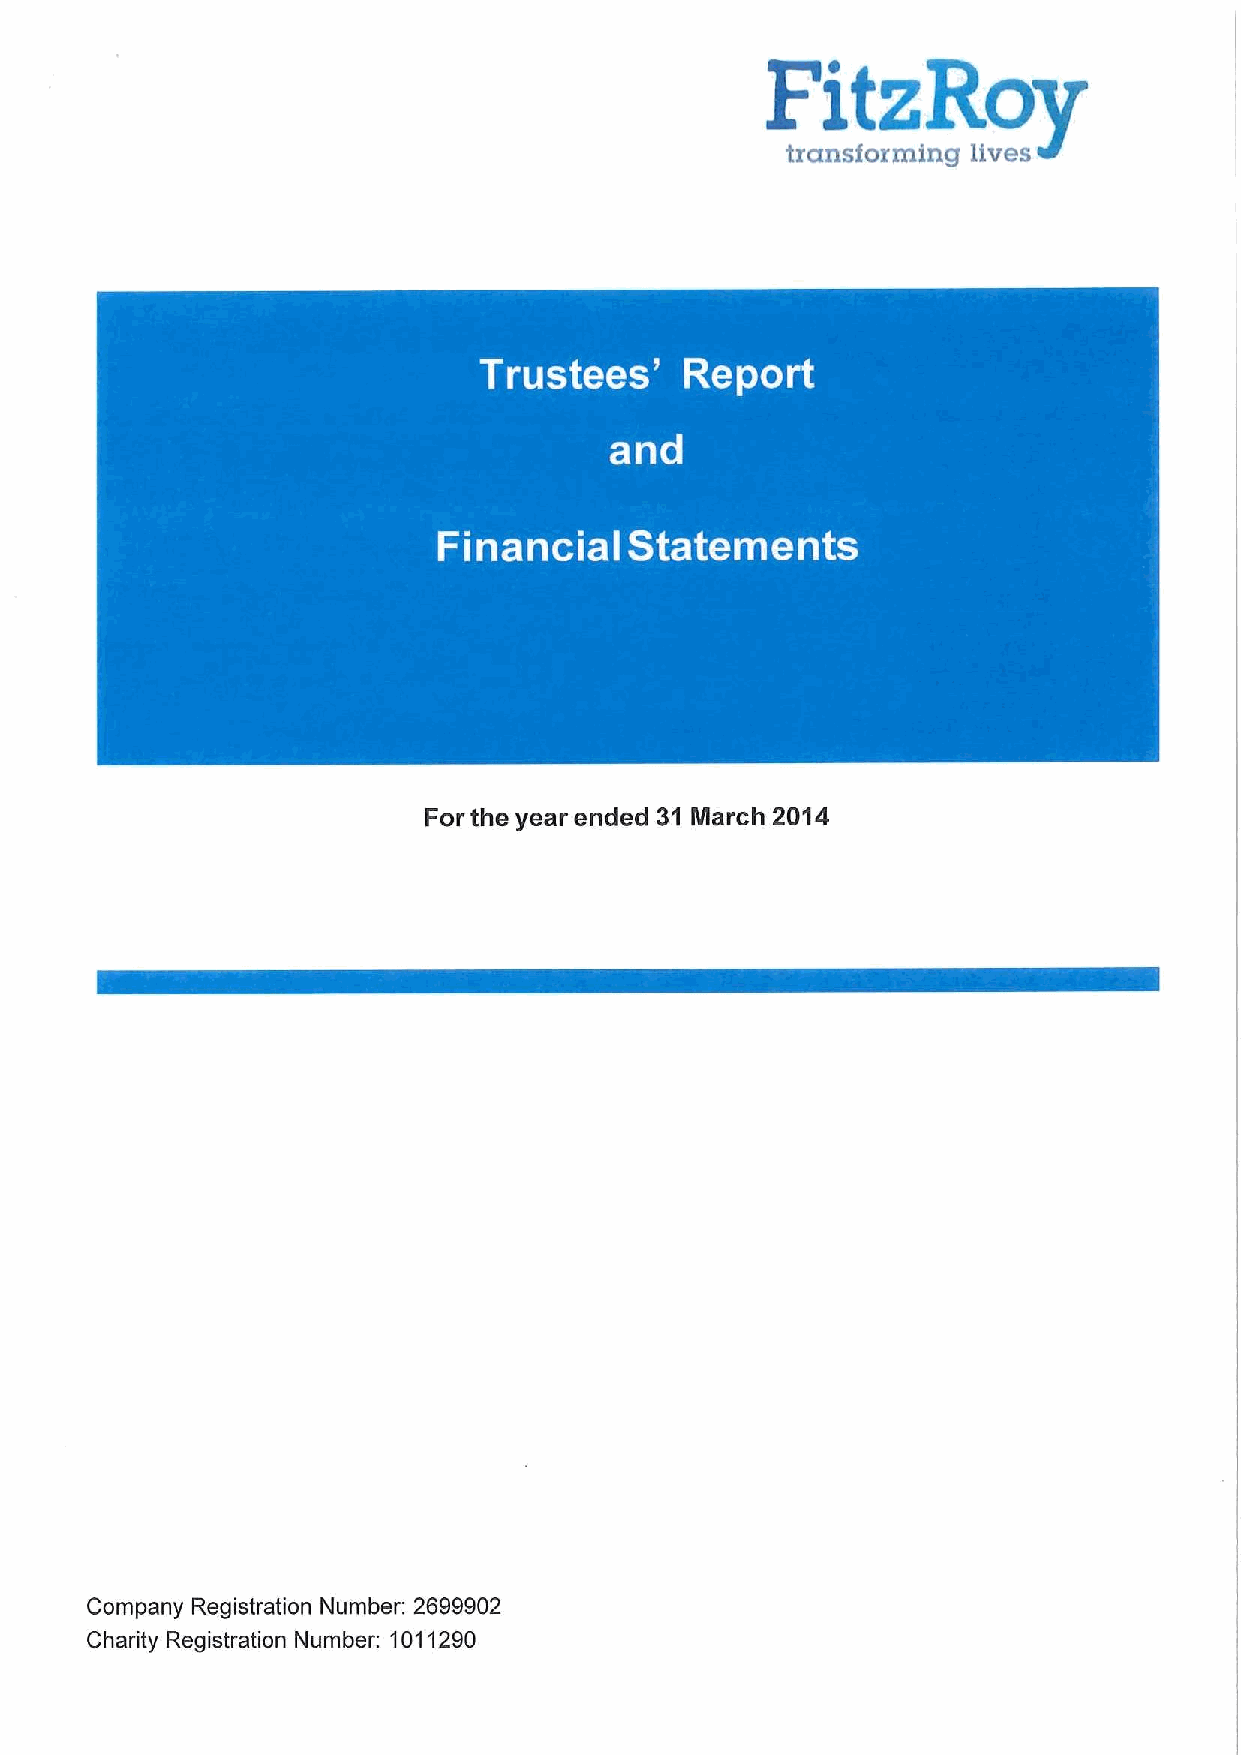
Fitz
 Roy
 transforming lives
 ~ ~
 For the year ended 31 March 2014
 Company Registration Number: 2699902
 Charity Registration Number: 1011290